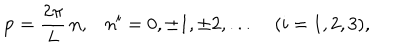
{ \bf p } = \frac { 2 \pi } { L } \, { \bf n } , n ^ { i } = 0 , \pm 1 , \pm 2 , . . . \; ( i = 1 , 2 , 3 ) ,